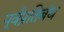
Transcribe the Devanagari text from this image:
पूर्वप्रतिबंध